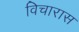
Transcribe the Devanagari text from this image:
विचारास